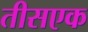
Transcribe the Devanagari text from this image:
तीसएक